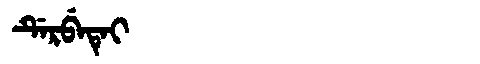
Manchu: ᡩᡝᡵᠪᡝᡨᡝᡳ
Romanization: DERBETEI